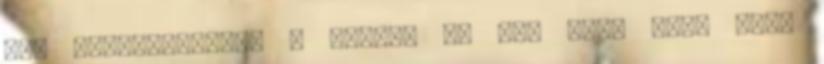
Így elfordítottam a fejem, de nem adta fel, mert